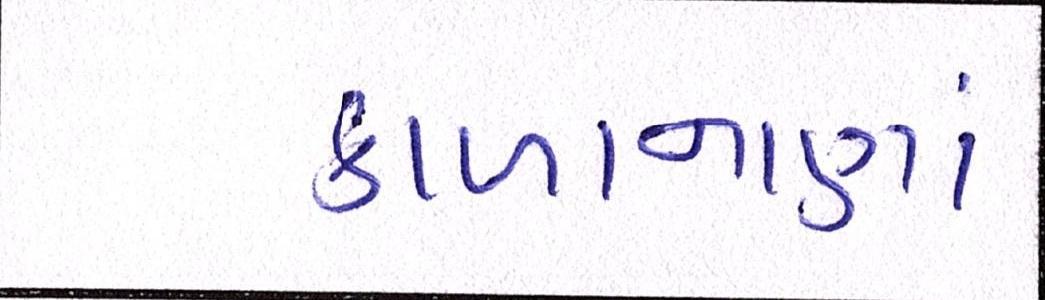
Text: કાળાનાણાં